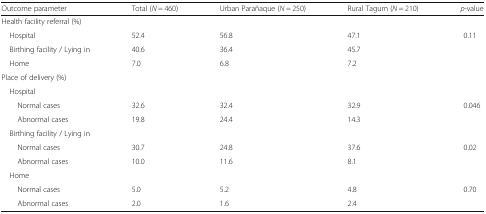
| Outcome parameter | Total (N = 460) | Urban Parañaque (N = 250) | Rural Tagum (N = 210) | p-value |
 | --- | --- | --- | --- | --- |
 | <COLSPAN=5> Health facility referral (%) |
 | Hospital | 52.4 | 56.8 | 47.1 | 0.11 |
 | Birthing facility / Lying in | 40.6 | 36.4 | 45.7 |  |
 | Home | 7.0 | 6.8 | 7.2 |  |
 | <COLSPAN=5> Place of delivery (%) |
 | <COLSPAN=5> Hospital |
 | Normal cases | 32.6 | 32.4 | 32.9 | 0.046 |
 | Abnormal cases | 19.8 | 24.4 | 14.3 |  |
 | <COLSPAN=5> Birthing facility / Lying in |
 | Normal cases | 30.7 | 24.8 | 37.6 | 0.02 |
 | Abnormal cases | 10.0 | 11.6 | 8.1 |  |
 | <COLSPAN=5> Home |
 | Normal cases | 5.0 | 5.2 | 4.8 | 0.70 |
 | Abnormal cases | 2.0 | 1.6 | 2.4 |  |